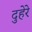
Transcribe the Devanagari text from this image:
दुहेरे